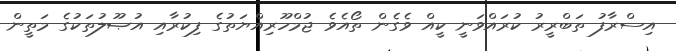
އިސްރާފު ތަބްރީރު ކުރައްވަނީ ކީއް ވެގެން ތޯއެވެ ޖުމްހޫރިއްޔަތުގެ ފިކުރާއި އުޞޫލުތަކުގެ މަތީން